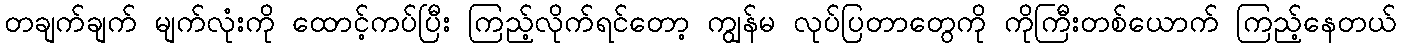
တချက်ချက် မျက်လုံးကို ထောင့်ကပ်ပြီး ကြည့်လိုက်ရင်တော့ ကျွန်မ လုပ်ပြတာတွေကို ကိုကြီးတစ်ယောက် ကြည့်နေတယ်